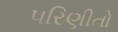
પરિણીતો